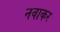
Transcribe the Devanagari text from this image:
नवाकर